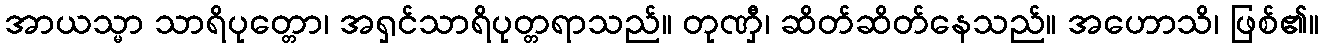
အာယသ္မာ သာရိပုတ္တော၊ အရှင်သာရိပုတ္တရာသည်။ တုဏှီ၊ ဆိတ်ဆိတ်နေသည်။ အဟောသိ၊ ဖြစ်၏။